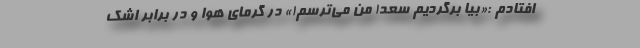
افتادم :«بیا برگردیم سعد! من می‌ترسم!» در گرمای هوا و در برابر اشک